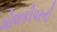
ગોલકીપરની